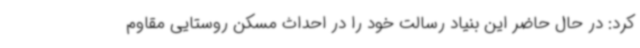
کرد: در حال حاضر این بنیاد رسالت خود را در احداث مسکن روستایی مقاوم